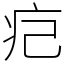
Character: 㽶